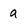
Character: a